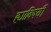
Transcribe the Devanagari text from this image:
ह्याविषयीं